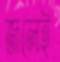
জলেই